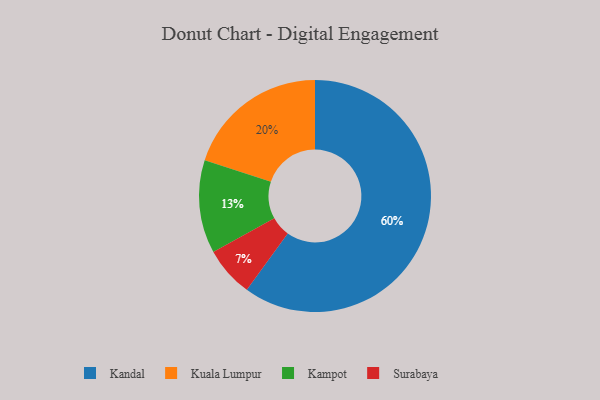
{"axis": {"x": "Category", "y": "Percentage"}, "legend": ["Kampot", "Kandal", "Kuala Lumpur", "Surabaya"], "data": [{"x": "Kampot", "y": 13, "type": "Kampot"}, {"x": "Surabaya", "y": 7, "type": "Surabaya"}, {"x": "Kuala Lumpur", "y": 20, "type": "Kuala Lumpur"}, {"x": "Kandal", "y": 60, "type": "Kandal"}]}